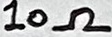
Text: 10kΩ